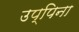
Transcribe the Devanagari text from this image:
उप्पिना